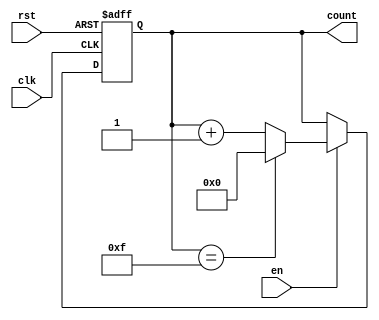
module multi_bit_counter #(
    parameter N = 4  // Parameter for bit width (default is 4 bits)
)(
    input wire clk,     // Clock signal
    input wire rst,     // Asynchronous reset (active high)
    input wire en,      // Enable signal
    output reg [N-1:0] count // N-bit output count
);

    // Maximum value for the counter
    localparam MAX_COUNT = (1 << N) - 1; // 2^N - 1

    // Always block for counter behavior
    always @(posedge clk or posedge rst) begin
        if (rst) begin
            count <= 0; // Reset the counter to 0
        end else if (en) begin
            if (count == MAX_COUNT) begin
                count <= 0; // Wrap around to 0
            end else begin
                count <= count + 1; // Increment the counter
            end
        end
        // If enable is low, the counter retains its value
    end

endmodule